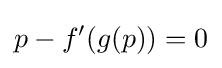
p-f'(g(p))=0